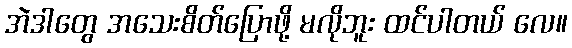
အဲဒါတွေ အသေးစိတ်ပြောဖို့ မလိုဘူး ထင်ပါတယ် လေ။